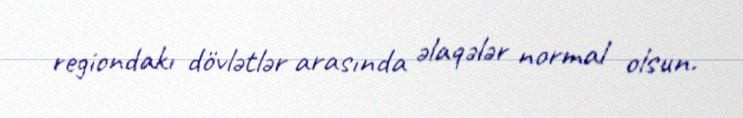
regiondakı dövlətlər arasında əlaqələr normal olsun.